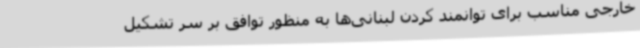
خارجی مناسب برای توانمند کردن لبنانی‌ها به منظور توافق بر سر تشکیل